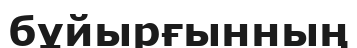
бұйырғынның